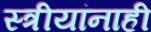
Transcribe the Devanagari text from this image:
स्त्रीयांनाही